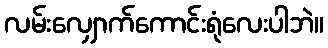
လမ်းလျှောက်ကောင်းရုံလေးပါဘဲ။